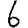
Digit: 6